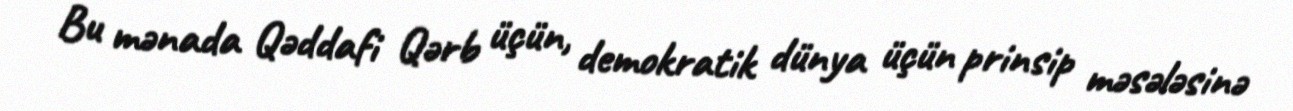
Bu mənada Qəddafi Qərb üçün, demokratik dünya üçün prinsip məsələsinə